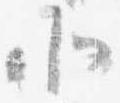
北